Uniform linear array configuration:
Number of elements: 4
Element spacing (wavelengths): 0.25
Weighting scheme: exponential
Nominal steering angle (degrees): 45
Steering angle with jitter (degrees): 46.868
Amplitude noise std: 0.05
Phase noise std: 0.05

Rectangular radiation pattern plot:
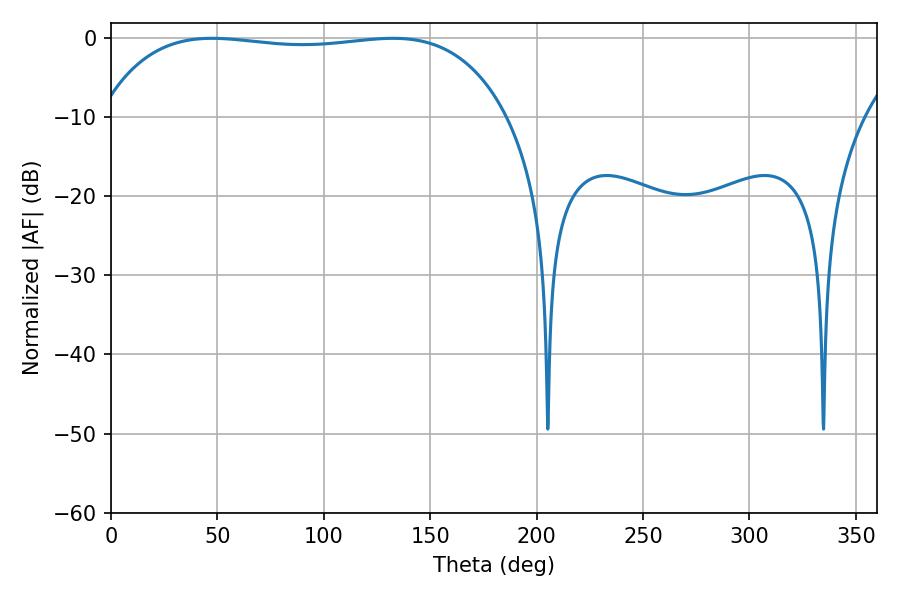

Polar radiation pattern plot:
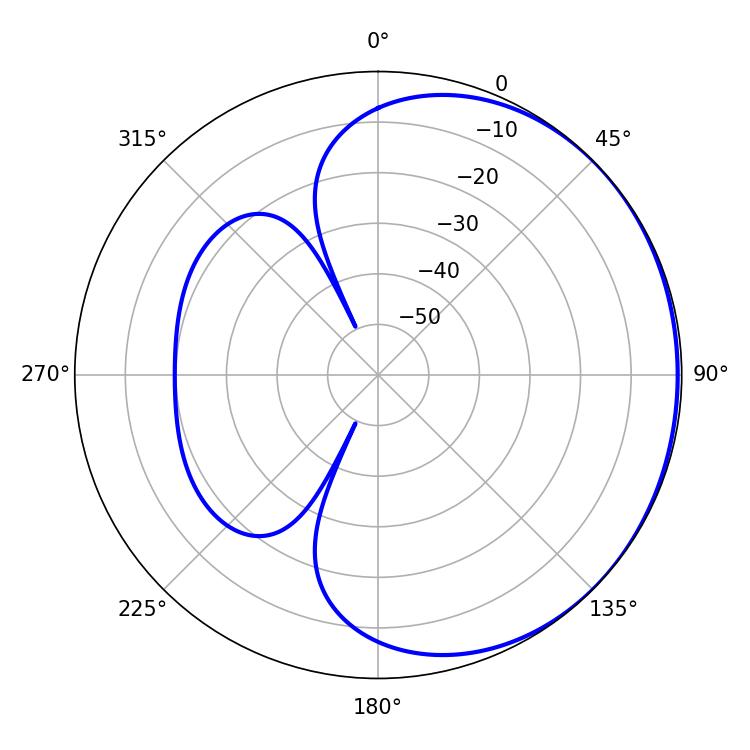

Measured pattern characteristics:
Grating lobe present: FALSE
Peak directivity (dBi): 0.6229
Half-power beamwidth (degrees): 152.28
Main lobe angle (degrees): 47.52